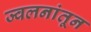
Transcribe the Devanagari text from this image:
ज्वलनांतून